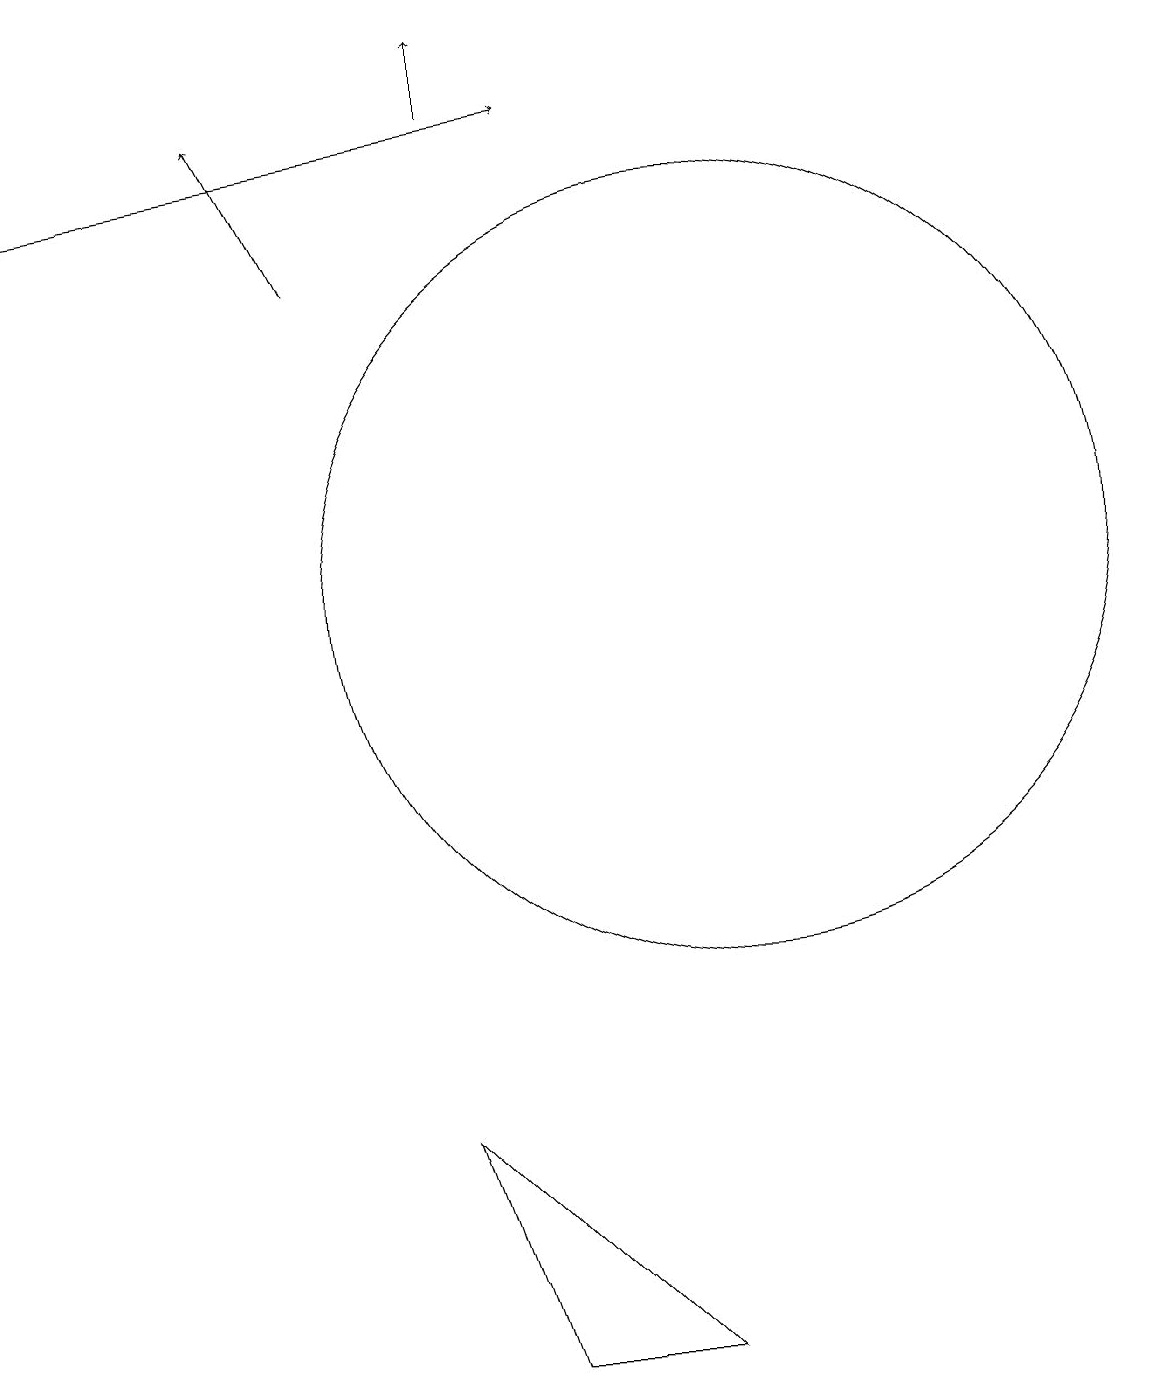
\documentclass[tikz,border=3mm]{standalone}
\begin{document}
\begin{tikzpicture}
\draw[->] (1,15) -- (8,16);
\draw (9,0) -- (7,0) -- (6,3) -- cycle;
\draw (10,10) circle (5);
\draw[->] (7,16) -- (7,17);
\draw[->] (5,14) -- (4,16);
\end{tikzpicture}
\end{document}